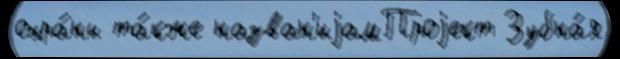
охра́ны та́кже назван'иjамПроjект Зубна́я